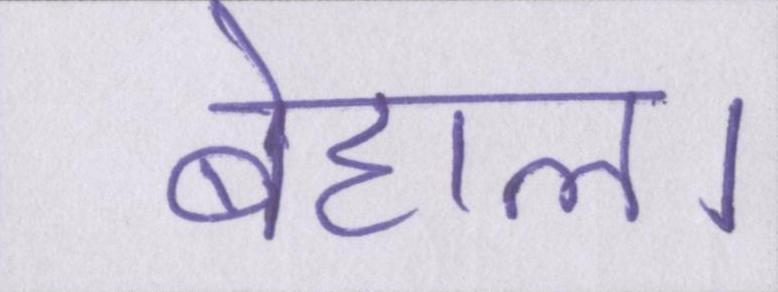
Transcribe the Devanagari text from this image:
बेहाल।